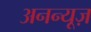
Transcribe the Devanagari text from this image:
अनन्यूज़